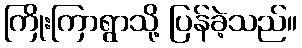
ကြိုးကြာရွာသို့ ပြန်ခဲ့သည်။